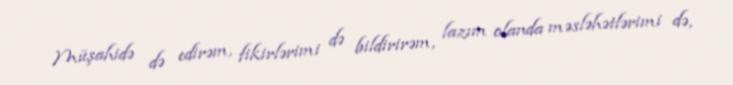
Müşahidə də edirəm, fikirlərimi də bildirirəm, lazım olanda məsləhətlərimi də,